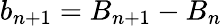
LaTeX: b_{n+1}=B_{n+1}-B_{n}